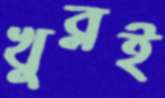
খুব্‌লই